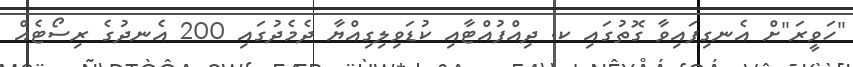
"ހަވީރަ"ށް އެނގިފައިވާ ގޮތުގައި ކ. ދިއްފުއްޓާއި ކުޑަވިލިގިއްޔާ ދެމެދުގައި 200 އެނދުގެ ރިސޯޓެއް